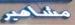
مشاهير